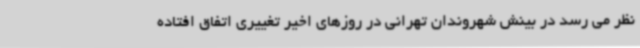
نظر می رسد در بینش شهروندان تهرانی در روزهای اخیر تغییری اتفاق افتاده